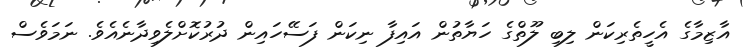
އާޒިމާގެ އެހީތެރިކަން ލިބި ލޫތްގެ ހަޔާތުން އައިފާ ނިކަން ފަސޭހައިން ދުރުކޮށްލެވިދާނެއެވެ. ނަމަވެސް